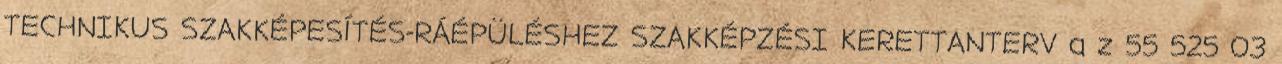
TECHNIKUS SZAKKÉPESÍTÉS-RÁÉPÜLÉSHEZ SZAKKÉPZÉSI KERETTANTERV a z 55 525 03